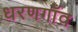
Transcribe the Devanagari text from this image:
धरणगाँव